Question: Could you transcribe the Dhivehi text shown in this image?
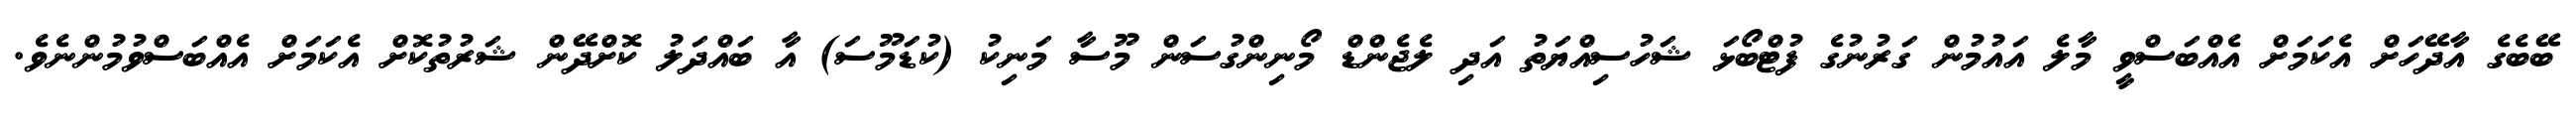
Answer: ބޭބެގެ އާދޭހަށް އެކަމަށް އެއްބަސްވީ މާލެ އައުމުން ގަރުނުގެ ފުޓްބޯޅަ ޝަހުސިއްޔަތު އަދި ލެޖެންޑް މޯނިންގުސަން މޫސާ މަނިކު (ކުޑަމޫސަ) އާ ބައްދަލު ކޮށްދޭން ޝަރުތުކޮށް އެކަމަށް އެއްބަސްވުމުންނެވެ.